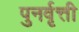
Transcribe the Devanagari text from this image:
पुनर्वृत्ती